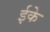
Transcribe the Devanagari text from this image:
ईके